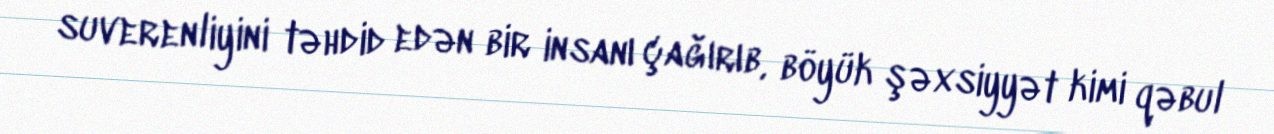
suverenliyini təhdid edən bir insanı çağırıb, böyük şəxsiyyət kimi qəbul